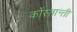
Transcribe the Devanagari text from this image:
कोंस्तान्ती